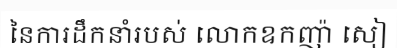
នៃការដឹកនាំរបស់ លោកឧកញ៉ា សៀ